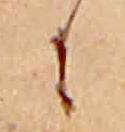
に